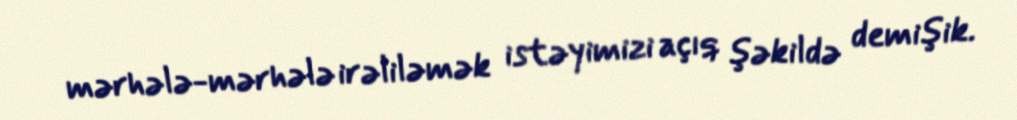
mərhələ-mərhələ irəliləmək istəyimizi açıq şəkildə demişik.